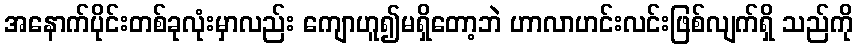
အနောက်ပိုင်းတစ်ခုလုံးမှာလည်း ကျောဟူ၍မရှိတော့ဘဲ ဟာလာဟင်းလင်းဖြစ်လျက်ရှိ သည်ကို